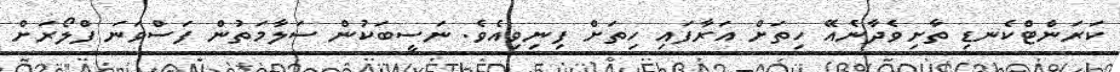
ކަރަންޓްކެނޑި ތާށިވެދާނެއޭ ހިތަށް އަރާފައި ހިތަށް ފިނިވިއެވެ. ނަސީބަކުން ސަލާމަތުން ފަސްވަނަ ފްލޯރަށް